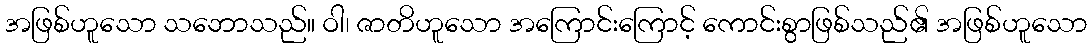
အဖြစ်ဟူသော သဘောသည်။ ဝါ၊ ဇာတိဟူသော အကြောင်းကြောင့် ကောင်းစွာဖြစ်သည်၏ အဖြစ်ဟူသော